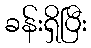
ခန်းရှိပြီး